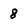
Character: 8